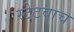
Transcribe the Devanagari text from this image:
स्टेटवाच